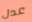
عدل